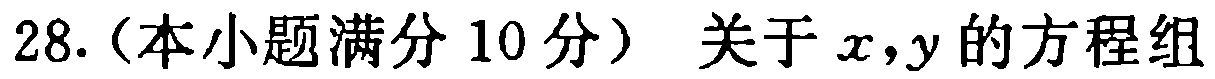
28.（本小题满分10分）关于\(x,y\)的方程组